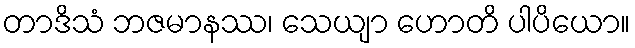
တာဒိသံ ဘဇမာနဿ၊ သေယျာ ဟောတိ ပါပိယော။